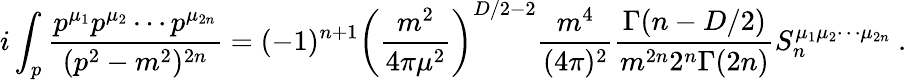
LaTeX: i\int_{p}\frac{p^{\mu_{1}}p^{\mu_{2}}\cdots p^{\mu_{2n}}}{(p^{2}-m^{2})^{2n}}=(-1)^{n+1}\left(\frac{m^{2}}{4\pi\mu^{2}}\right)^{D/2-2}\frac{m^{4}}{(4\pi)^{2}}\frac{\Gamma(n-D/2)}{m^{2n}2^{n}\Gamma(2n)}S_{n}^{\mu_{1}\mu_{2}\cdots\mu_{2n}}\ .